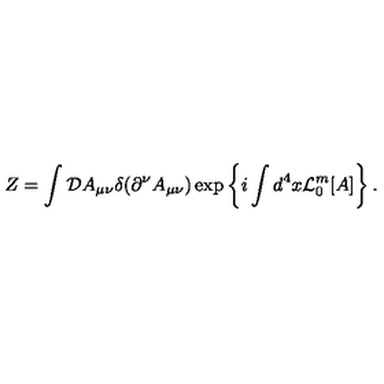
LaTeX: Z = \int { \cal D } A _ { \mu \nu } \delta ( \partial ^ { \nu } A _ { \mu \nu } ) \exp \left\{ i \int d ^ { 4 } x { \cal L } _ { 0 } ^ { m } { } [ A ] \right\} .